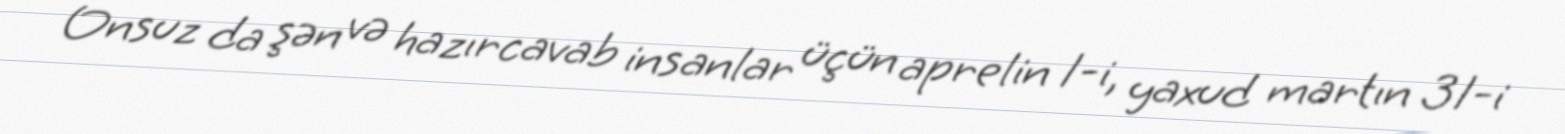
Onsuz da şən və hazırcavab insanlar üçün aprelin 1-i, yaxud martın 31-i